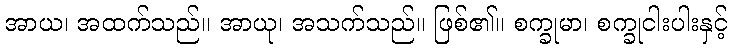
အာယ၊ အထက်သည်။ အာယု၊ အသက်သည်။ ဖြစ်၏။ စက္ခုမာ၊ စက္ခုငါးပါးနှင့်